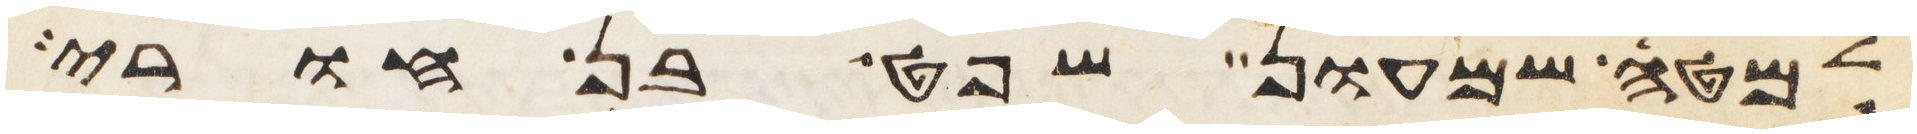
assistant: למטה שמעון שפט בן חורי